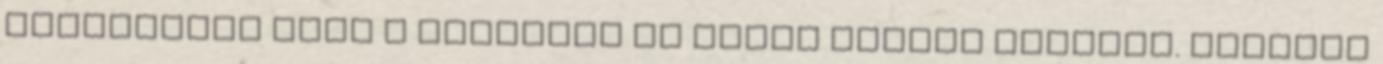
távolságra esik a várostól és annak minden zajától. Azonban